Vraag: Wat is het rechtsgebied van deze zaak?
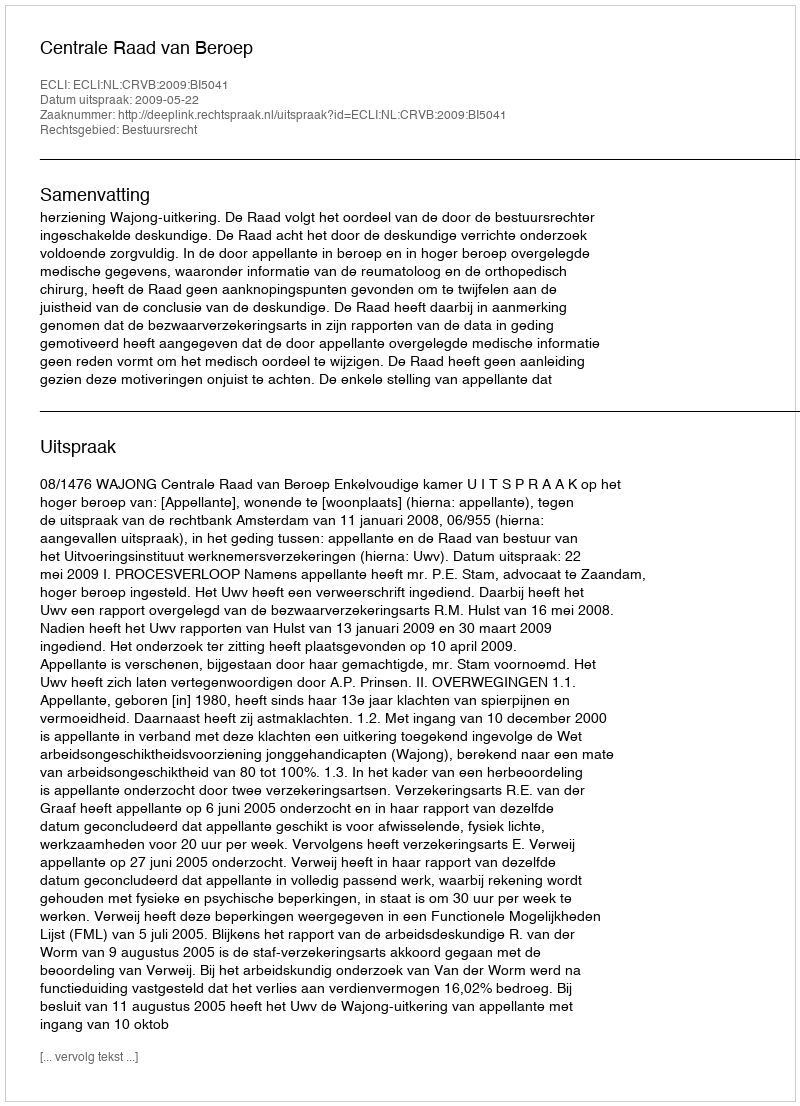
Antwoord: Bestuursrecht